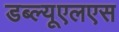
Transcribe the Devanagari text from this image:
डब्ल्यूएलएस